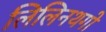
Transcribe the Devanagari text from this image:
लिलिनथगो